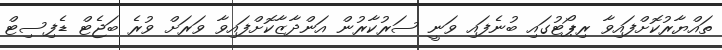
ތައްޔާރުކޮށްފައިވާ ރިޕޯޓުގައި ބުނެފައި ވަނީ ސަރުކާރުން އަންދާޒާކޮށްފައިވާ ވަރަށް ވުރެ ބަޖެޓް ޑެފިސިޓް